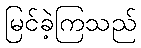
မြင်ခဲ့ကြသည်